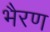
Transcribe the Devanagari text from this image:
भैरण